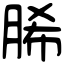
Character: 脪